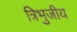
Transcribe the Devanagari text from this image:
त्रिभुजीय